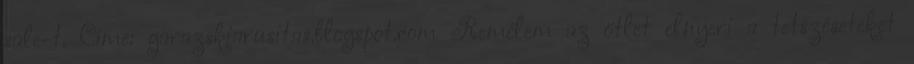
sale-t. Címe: garazskiarusitas.blogspot.com Remélem az ötlet elnyeri a tetszéseteket